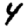
Digit: 4